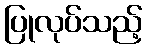
ပြုလုပ်သည့်